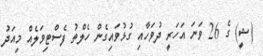
(ޝީ) ގެ 26 ވަނަ އަހަރީ ދުވަހާއި ގުޅުވައިގެން ހެލްތު ފެސްޓިވަލެއް މިއަދު